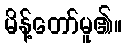
မိန့်တော်မူ၏။